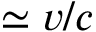
\simeq v / c